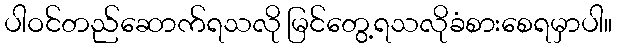
ပါဝင်တည်ဆောက်ရသလို မြင်တွေ့ရသလိုခံစားစေရမှာပါ။